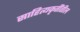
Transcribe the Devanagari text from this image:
साहित्यकृतींतील